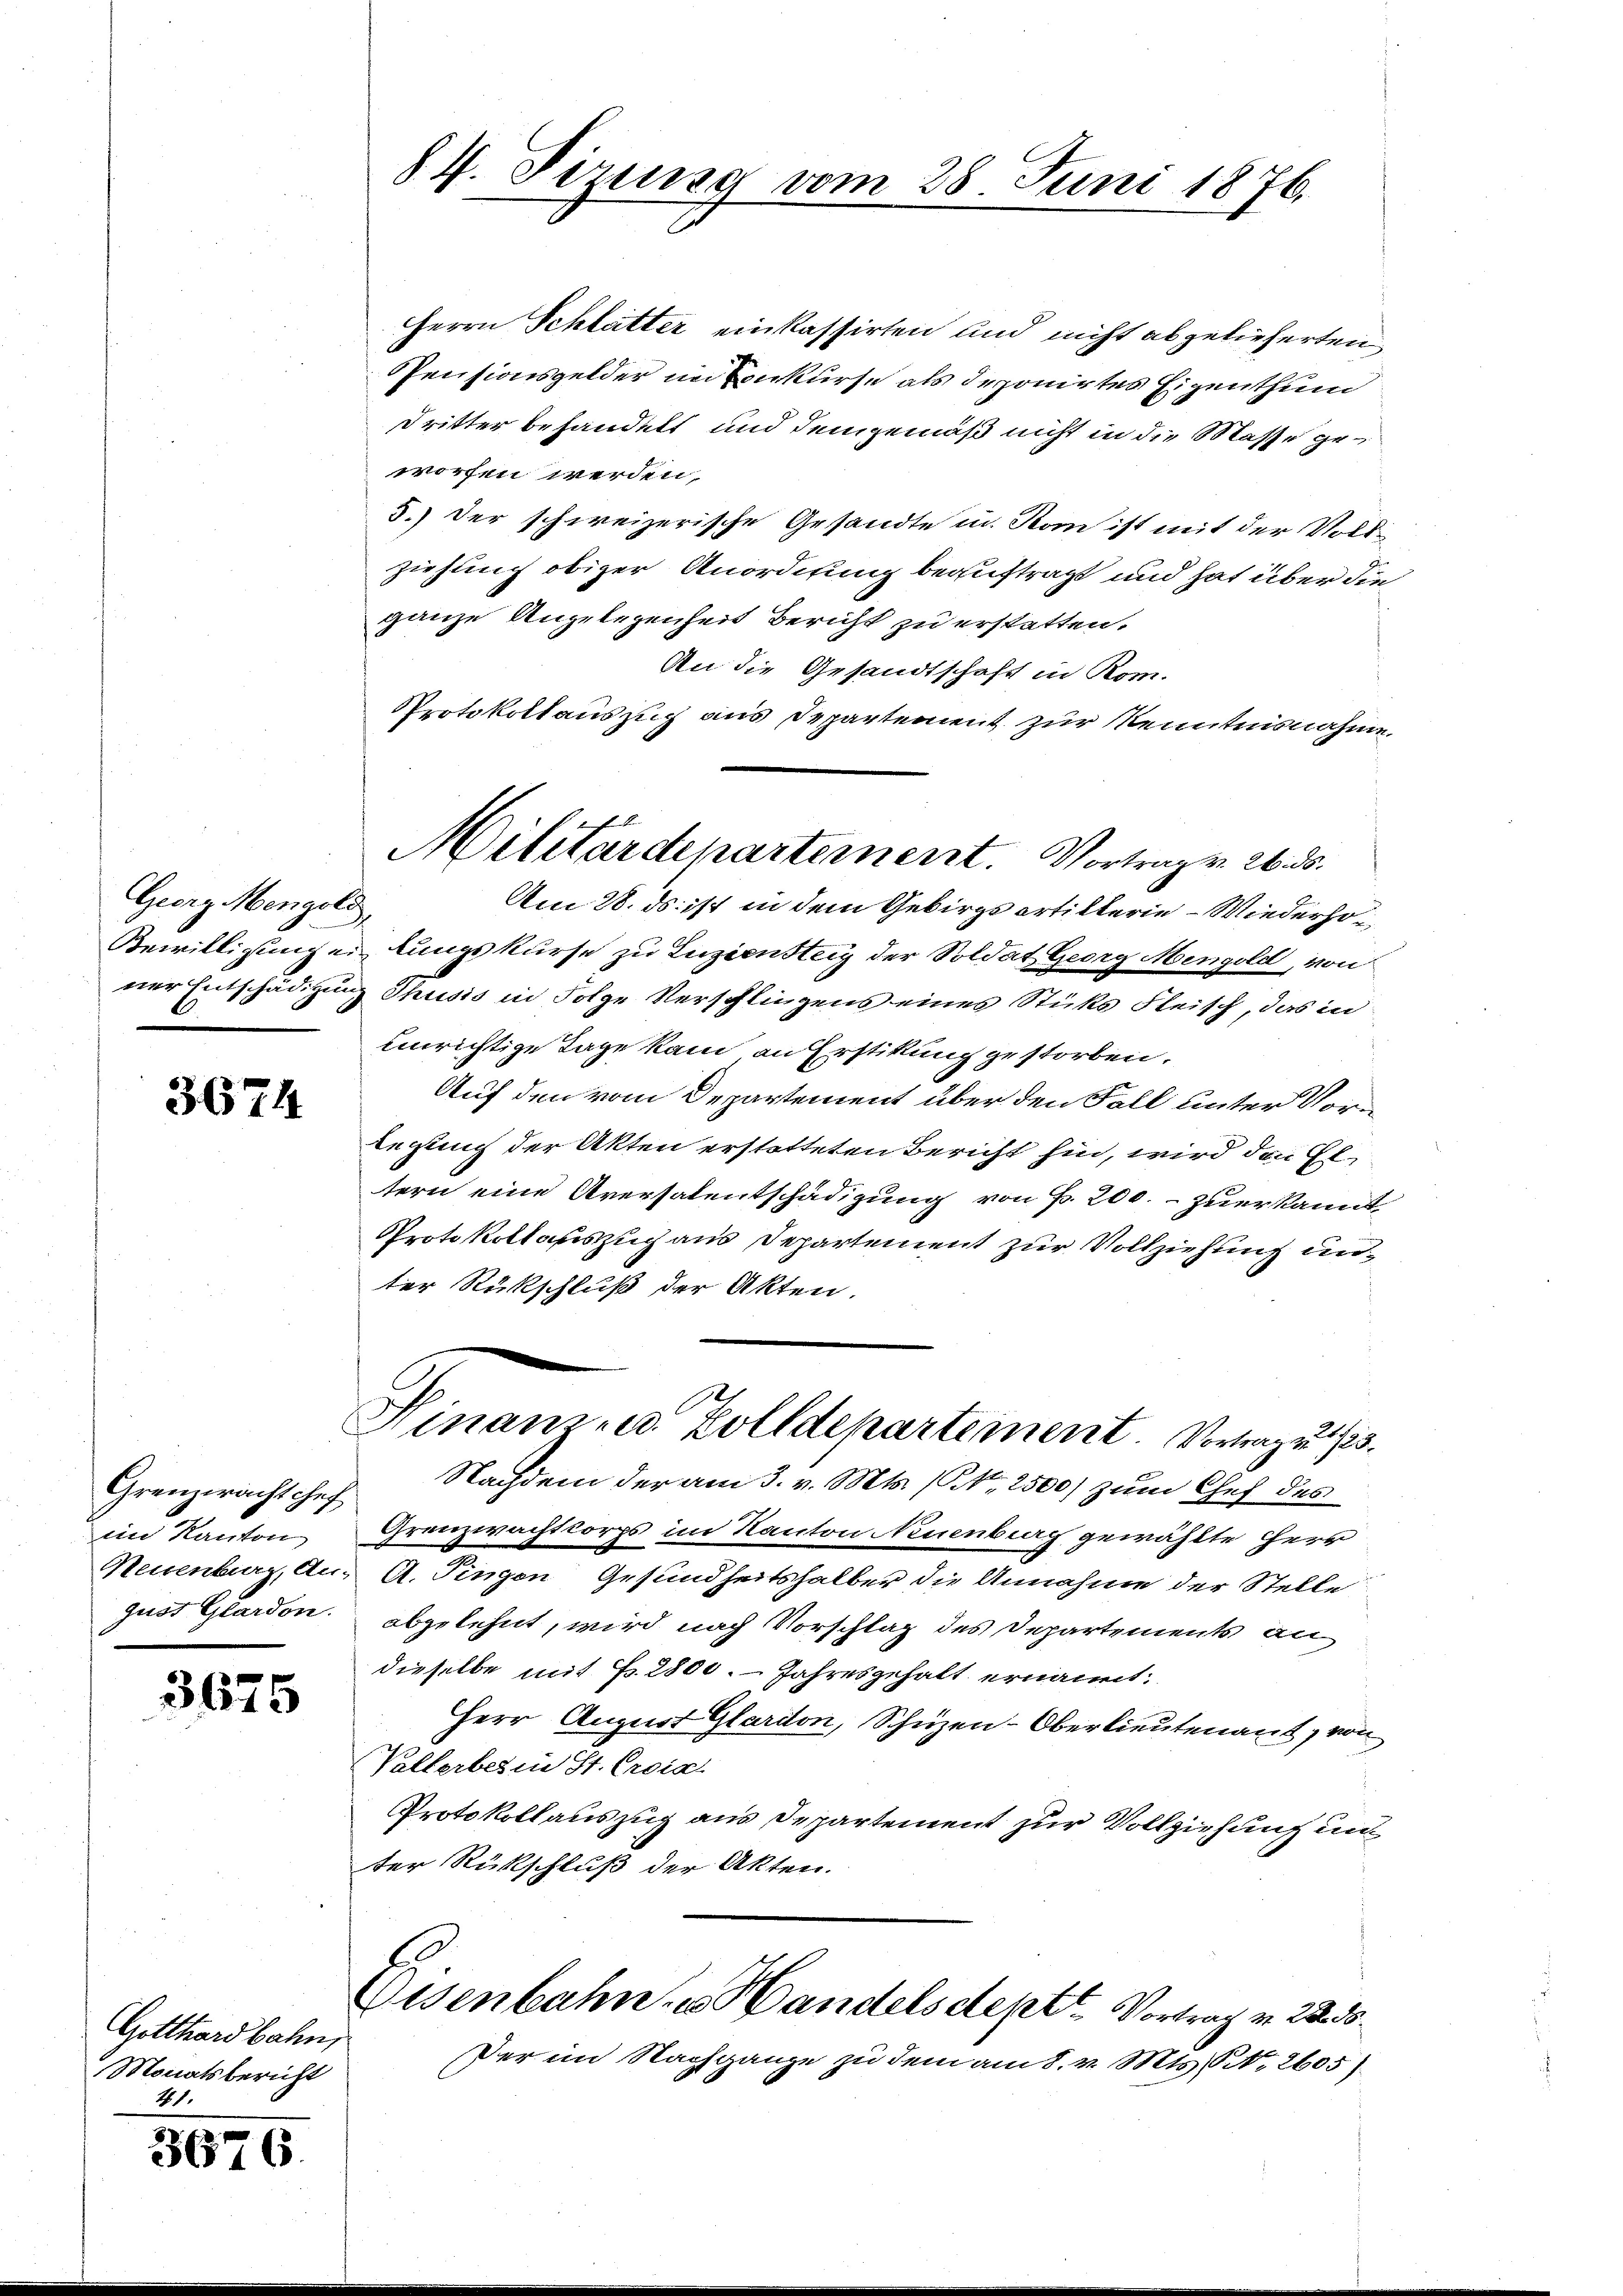
Georg Mengold
ner Entschädigung

3674

Gremrachtchef
in Kanton
Neuenburg, An-
gust Glardon.

3675

Gotthardbahn,
Monatsbericht
21.

3676.

84. Pirung vom 28 Juni 1876.

Militärdepartement. Vortrag v. 26. ds.

Herrn Schlätter einkassirten und nicht abgelieferten
Pensionsgelder im Konkurse als deponirtes Eigenthum
Dritter behandelt und demgemäß nicht in die Masse geworfen werden,
5.) Der schweizerische Gesandte in Rom ist mit der Vollziehung obiger Anordnung beauftragt und hat über die
ganze Angelegenheit Bericht zu erstetten.
An die Gesandtschaft in Kom-
Protokollauszug aus Departement zur Kenntnisnahme
Am 28. ds. ist in dem Gebirgsartillerie - Wiederho¬
Bewilligungen lungskurse zu Luziensteig der Soldat Georg Mengold, von
Thusis in Folge Verschliegens eines Stüks Fleisch, das in
einrichtige Tage kam an Erstitung gestorben.
Auf den vom Departement über den Fall unter Vorlegung der Akten erstatteten Bericht hin, wird den Eltern eine Aversalentschädigung von P. 200. - zuerkannt,
Protokollateszuch aus Departement zur Vollziehung unter Rückschluß der Akten.
Hinanze Zolldepartement. Vortragen 23.
Nachdem der am 3. v. Mts. (N. 2500) zum Chef des
Grenzwachtcorps im Kanton Neuenburg gewählte Herr
A. Fingen Gesundheitshalber die Annahme der Stelle
abgelehnt, wird nach Vorschlag des Departements an
dieselbe mit Fr. 2800. Jahresgehalt ernannt:
Herr August Glardon, Schüzen-Oberlieutenant, von
Vallerbern St. Croia
Protokollauszug aus Departement zur Vollziehung und
ter Rückschluß der Akten.
Eisenbahn u. Handelsdeptt. Vortrag v. 22. 30.
Per im Nachgange zu dem am 8. v. Mts. No. 2605)